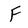
Character: F